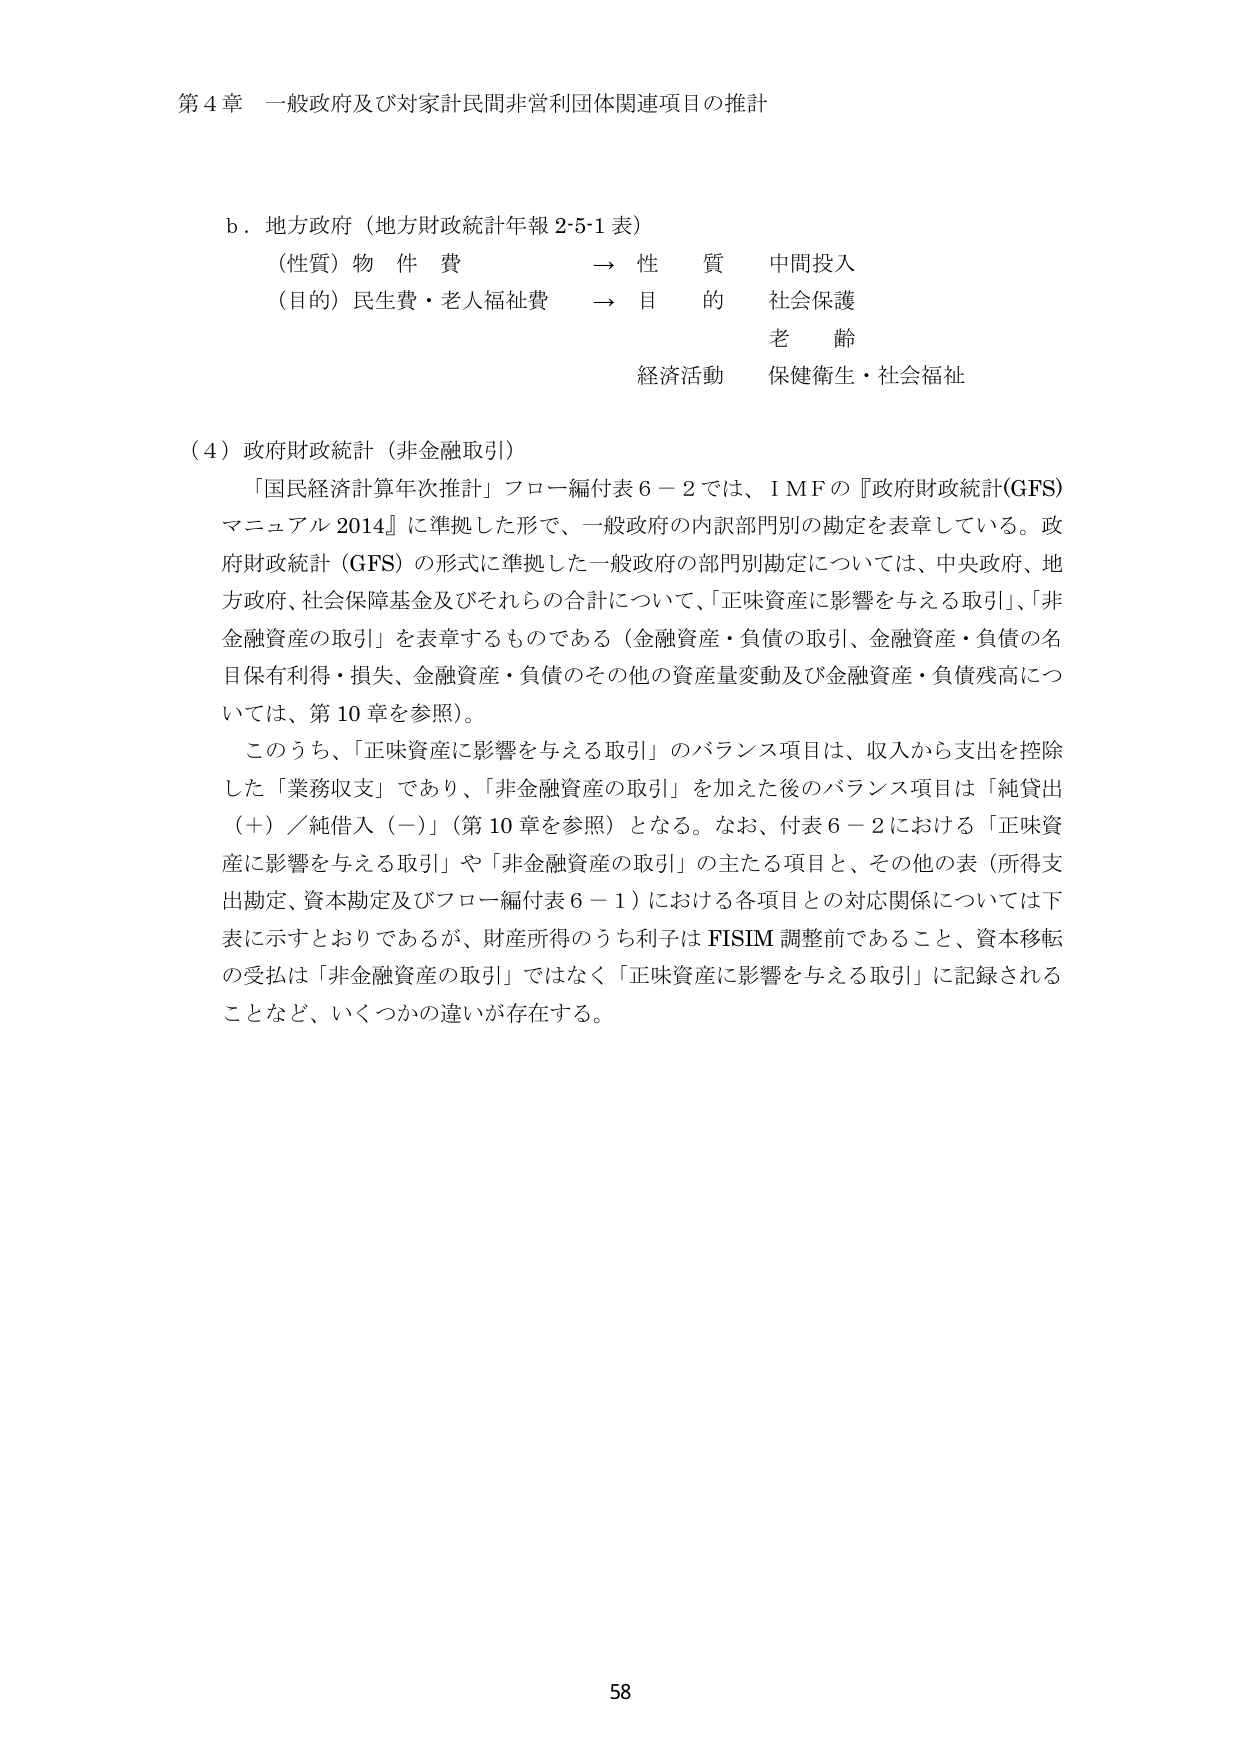
第４章 一般政府及び対家計民間非営利団体関連項目の推計

ｂ．地方政府（地方財政統計年報 2-5-1 表）
（性質）物件費 → 性質 中間投入
（目的）民生費・老人福祉費 → 目的 社会保護
老齢
経済活動 保健衛生・社会福祉

（４）政府財政統計（非金融取引）
「国民経済計算年次推計」フロー編付表６－２では、ＩＭＦの『政府財政統計(GFS)マニュアル 2014』に準拠した形で、一般政府の内訳部門別の勘定を表章している。政府財政統計（GFS）の形式に準拠した一般政府の部門別勘定については、中央政府、地方政府、社会保障基金及びそれらの合計について、「正味資産に影響を与える取引」、「非金融資産の取引」を表章するものである（金融資産・負債の取引、金融資産・負債の名目保有利得・損失、金融資産・負債のその他の資産量変動及び金融資産・負債残高については、第10章を参照）。
このうち、「正味資産に影響を与える取引」のバランス項目は、収入から支出を控除した「業務収支」であり、「非金融資産の取引」を加えた後のバランス項目は「純貸出（＋）／純借入（－）」（第10章を参照）となる。なお、付表６－２における「正味資産に影響を与える取引」や「非金融資産の取引」の主たる項目と、その他の表（所得支出勘定、資本勘定及びフロー編付表６－１）における各項目との対応関係については下表に示すとおりであるが、財産所得のうち利子は FISIM 調整前であること、資本移転の受払は「非金融資産の取引」ではなく「正味資産に影響を与える取引」に記録されることなど、いくつかの違いが存在する。

58